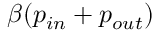
\beta ( p _ { i n } + p _ { o u t } )